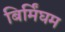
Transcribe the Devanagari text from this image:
बिर्मिंघम